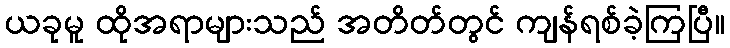
ယခုမူ ထိုအရာများသည် အတိတ်တွင် ကျန်ရစ်ခဲ့ကြပြီ။